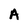
Character: A